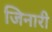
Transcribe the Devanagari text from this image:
जिनारी